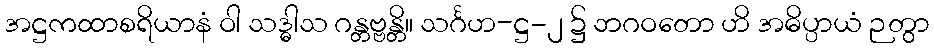
အဋ္ဌကထာစရိယာနံ ဝါ သဒ္ဓါသ ဂန္တဗ္ဗန္တိ။ သင်္ဂဟ-ဋ္ဌ-၂ ၌ ဘဂဝတော ဟိ အဓိပ္ပာယံ ဉတွာ